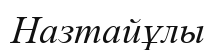
Назтайұлы